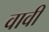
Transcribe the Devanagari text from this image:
वावी